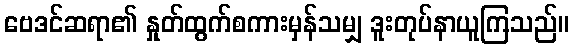
ဗေဒင်ဆရာ၏ နှုတ်ထွက်စကားမှန်သမျှ ဒူးတုပ်နာယူကြသည်။